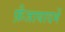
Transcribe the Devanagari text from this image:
फ़ैजाबादमें